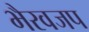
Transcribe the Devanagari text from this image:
भैरवजप